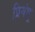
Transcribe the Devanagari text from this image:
प्रियंगू